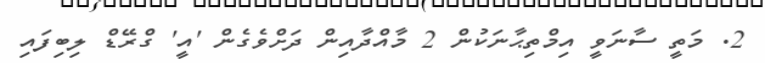
2. މަތީ ސާނަވީ އިމްތިޙާނަކުން 2 މާއްދާއިން ދަށްވެގެން 'އީ' ގްރޭޑް ލިބިފައި